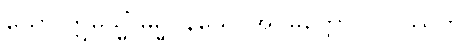
ယော ဣမသ္မိံ ဓမ္မဝိနယေ၊ အပ္ပမတ္တော ဝိဟိဿတိ။